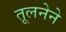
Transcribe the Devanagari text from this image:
तूलनेने